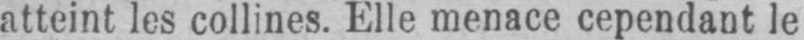
atteint les collines. Elle menace cependant le